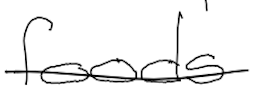
Text: foods
Cross-out: single-line
Writing tool: digital_black